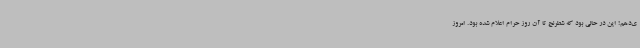
ی‌دهم! این در حالی بود که شطرنج تا آن روز حرام اعلام شده بود. امروز